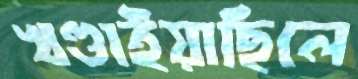
খণ্ডাইয়াছিলে